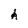
Character: A